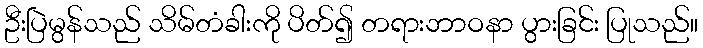
ဦးပြဲမွန်သည် သိမ်တံခါးကို ပိတ်၍ တရားဘာဝနာ ပွားခြင်း ပြုသည်။